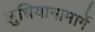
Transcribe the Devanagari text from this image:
लुधियानामार्गे